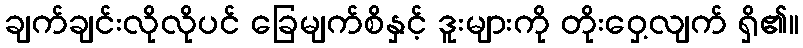
ချက်ချင်းလိုလိုပင် ခြေမျက်စိနှင့် ဒူးများကို တိုးဝှေ့လျက် ရှိ၏။